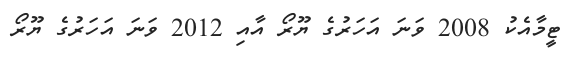
ޓީމާއެކު 2008 ވަނަ އަހަރުގެ ޔޫރޯ އާއި 2012 ވަނަ އަހަރުގެ ޔޫރޯ